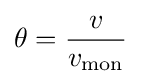
\theta ={\frac {v}{v_{\text{mon}}}}